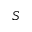
S